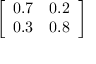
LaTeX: \left[ \begin{array} { l l } { 0 . 7 } & { 0 . 2 } \\ { 0 . 3 } & { 0 . 8 } \end{array} \right]